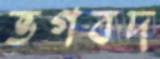
ভগবদ